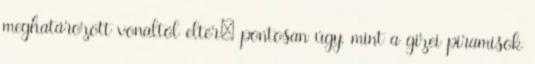
meghatározott vonaltól eltér; pontosan úgy, mint a gizei piramisok